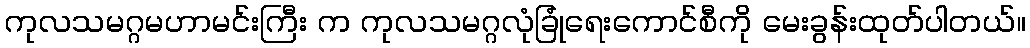
ကုလသမဂ္ဂမဟာမင်းကြီး က ကုလသမဂ္ဂလုံခြုံရေးကောင်စီကို မေးခွန်းထုတ်ပါတယ်။